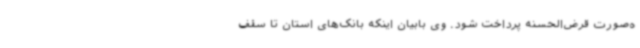
ه‌صورت قرض‌الحسنه پرداخت شود. وی بابیان اینکه بانک‌های استان تا سقف